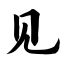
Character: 见